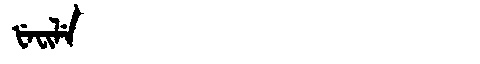
Manchu: ᡶᡝᠸᡳᠯᡝ
Romanization: FEFILE